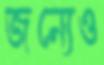
জন্যেও